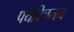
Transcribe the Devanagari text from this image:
पथविचलन